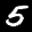
Label: 5